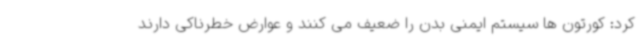
کرد: کورتون ها سیستم ایمنی بدن را ضعیف می کنند و عوارض خطرناکی دارند